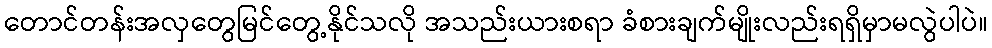
တောင်တန်းအလှတွေမြင်တွေ့နိုင်သလို အသည်းယားစရာ ခံစားချက်မျိုးလည်းရရှိမှာမလွဲပါပဲ။